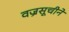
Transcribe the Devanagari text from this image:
वज्रसूचीने